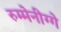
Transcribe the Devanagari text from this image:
रुम्मेनीग्गे